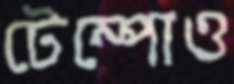
টেম্পোও